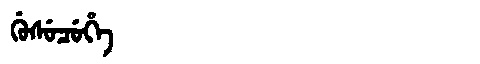
Manchu: ᡤᡠᠰᡠᠴᡠᡥᡝ
Romanization: GUSUCUHE